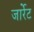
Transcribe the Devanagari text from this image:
जार्रेट